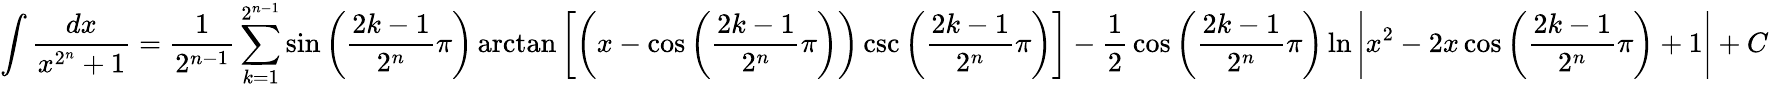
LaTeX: \int{\frac{dx}{x^{2^{n}}+1}}={\frac{1}{2^{n-1}}}\sum_{k=1}^{2^{n-1}}\sin\left({\frac{2k-1}{2^{n}}}\pi\right)\arctan\left[\left(x-\cos\left({\frac{2k-1}{2^{n}}}\pi\right)\right)\csc\left({\frac{2k-1}{2^{n}}}\pi\right)\right]-{\frac{1}{2}}\cos\left({\frac{2k-1}{2^{n}}}\pi\right)\ln\left|x^{2}-2x\cos\left({\frac{2k-1}{2^{n}}}\pi\right)+1\right|+C